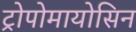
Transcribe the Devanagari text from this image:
ट्रोपोमायोसिन